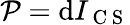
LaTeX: {\cal P}=\mathrm{d}I_{\mathrm{~C~S~}}